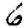
Digit: 6